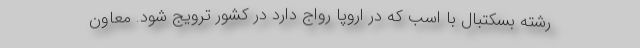
رشته بسکتبال با اسب که در اروپا رواج دارد در کشور ترویج شود. معاون